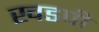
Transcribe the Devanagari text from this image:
खडपी